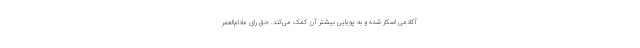
آکادمی اسکار شده و به پویایی بیشتر آن کمک می‌کند. حق رای مادام‌العمر